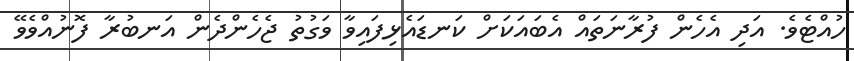
ހުއްޓެވެ. އަދި އެހެން ފުރާނަތައް އެބައަކަށް ކަނޑައެޅިފައިވާ ވަގުތު ޖެހެންދެން އަނބުރާ ފޮނުއްވެވޭ